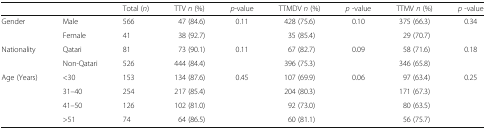
|  |  | Total (n) | TTV n (%) | p-value | TTMDV n (%) | p -value | TTMV n (%) | p -value |
 | --- | --- | --- | --- | --- | --- | --- | --- | --- |
 | <ROWSPAN=2> Gender | Male | 566 | 47 (84.6) | <ROWSPAN=2> 0.11 | 428 (75.6) | <ROWSPAN=2> 0.10 | 375 (66.3) | <ROWSPAN=2> 0.34 |
 | Female | 41 | 38 (92.7) | 35 (85.4) | 29 (70.7) |
 | <ROWSPAN=2> Nationality | Qatari | 81 | 73 (90.1) | <ROWSPAN=2> 0.11 | 67 (82.7) | <ROWSPAN=2> 0.09 | 58 (71.6) | <ROWSPAN=2> 0.18 |
 | Non-Qatari | 526 | 444 (84.4) | 396 (75.3) | 346 (65.8) |
 | <ROWSPAN=4> Age (Years) | <30 | 153 | 134 (87.6) | <ROWSPAN=4> 0.45 | 107 (69.9) | <ROWSPAN=4> 0.06 | 97 (63.4) | <ROWSPAN=4> 0.25 |
 | 31–40 | 254 | 217 (85.4) | 204 (80.3) | 171 (67.3) |
 | 41–50 | 126 | 102 (81.0) | 92 (73.0) | 80 (63.5) |
 | >51 | 74 | 64 (86.5) | 60 (81.1) | 56 (75.7) |